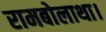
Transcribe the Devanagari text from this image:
रामबोलाथा।